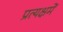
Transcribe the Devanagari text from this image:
प्रत्यक्षमें